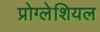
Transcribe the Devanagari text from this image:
प्रोग्लेशियल